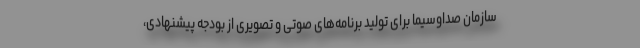
سازمان صداوسیما برای تولید برنامه‌های صوتی و تصویری از بودجه پیشنهادی،